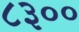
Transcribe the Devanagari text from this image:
८३००